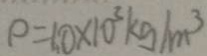
\rho = 1 0 \times 1 0 ^ { 3 } k g / m ^ { 3 }